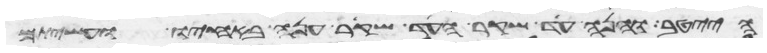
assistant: הייטב והנה עד שקר העד שקר ענה באחיו ועשיתם